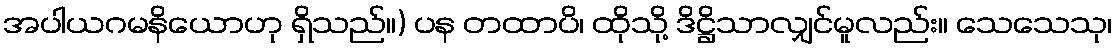
အပါယဂမနိယောဟု ရှိသည်။) ပန တထာပိ၊ ထိုသို့ ဒိဋ္ဌိသာလျှင်မူလည်း။ သေသေသု၊